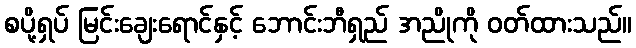
စပို့ရှပ် မြင်းချေးရောင်နှင့် ဘောင်းဘီရှည် အညိုကို ဝတ်ထားသည်။